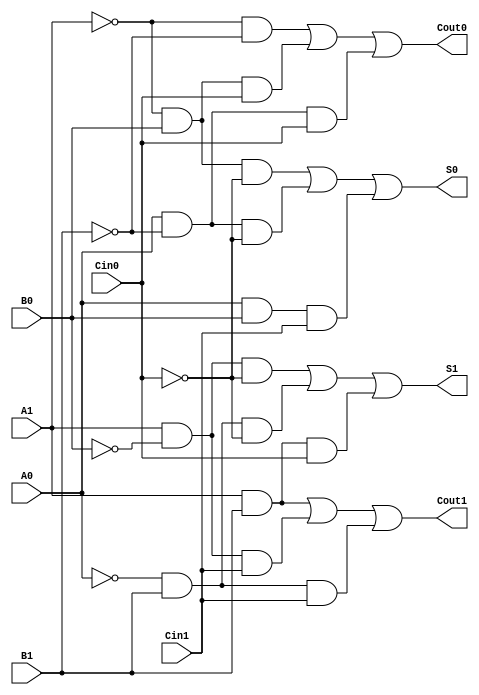
module dual_rail_full_adder (
    input wire A1, A0,   // Dual-rail representation of input A
    input wire B1, B0,   // Dual-rail representation of input B
    input wire Cin1, Cin0, // Dual-rail representation of carry input Cin
    output wire S1, S0,  // Dual-rail representation of sum output S
    output wire Cout1, Cout0 // Dual-rail representation of carry output Cout
);

// Intermediate signals for the logic
wire A, B, Cin;
wire sum, carry;

// Decode dual-rail inputs to single-bit values
assign A = A1 ? 1'b1 : (A0 ? 1'b0 : 1'bx);
assign B = B1 ? 1'b1 : (B0 ? 1'b0 : 1'bx);
assign Cin = Cin1 ? 1'b1 : (Cin0 ? 1'b0 : 1'bx);

// Full adder logic
assign sum = A ^ B ^ Cin;
assign carry = (A & B) | (Cin & (A ^ B));

// Generate dual-rail outputs for sum
assign S1 = (A1 & ~B0 & ~Cin0) | (~A0 & B1 & ~Cin0) | (A1 & B1 & Cin0);
assign S0 = (~A1 & B0 & ~Cin0) | (A0 & ~B1 & ~Cin0) | (A0 & B0 & Cin1);

// Generate dual-rail outputs for carry
assign Cout1 = (A1 & B1) | (A1 & ~B0 & Cin1) | (~A0 & B1 & Cin1);
assign Cout0 = (~A1 & ~B1) | (~A1 & B0 & Cin0) | (A0 & ~B1 & Cin0);

// Fault tolerance checks (optional, can be used for debugging)
assign fault_A = A1 & A0; // Invalid state for A
assign fault_B = B1 & B0; // Invalid state for B
assign fault_Cin = Cin1 & Cin0; // Invalid state for Cin

endmodule